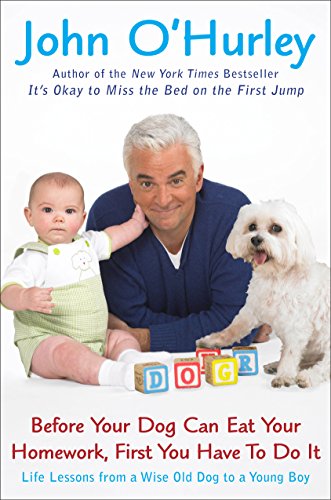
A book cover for Before Your Dog Can Eat Your Homework, First You Have to Do It: Life Lessons from a Wise Old Dog to a Young Boy; John O'Hurley; Crafts, Hobbies & Home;